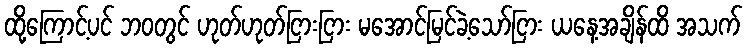
ထို့ကြောင့်ပင် ဘဝတွင် ဟုတ်ဟုတ်ငြားငြား မအောင်မြင်ခဲ့သော်ငြား ယနေ့အချိန်ထိ အသက်